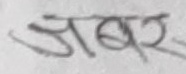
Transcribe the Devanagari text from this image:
जबर्